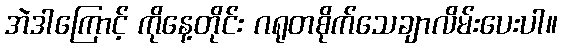
အဲဒါကြောင့် ကိုနေ့တိုင်း ဂရုတစိုက်သေချာလိမ်းပေးပါ။